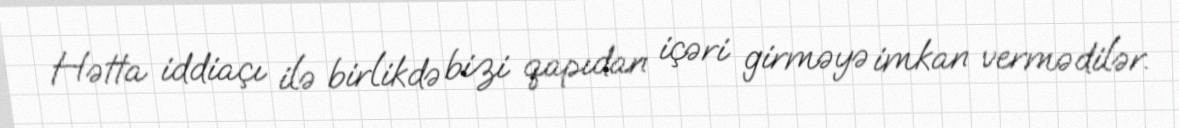
Hətta iddiaçı ilə birlikdə bizi qapıdan içəri girməyə imkan vermədilər.